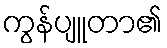
ကွန်ပျူတာ၏